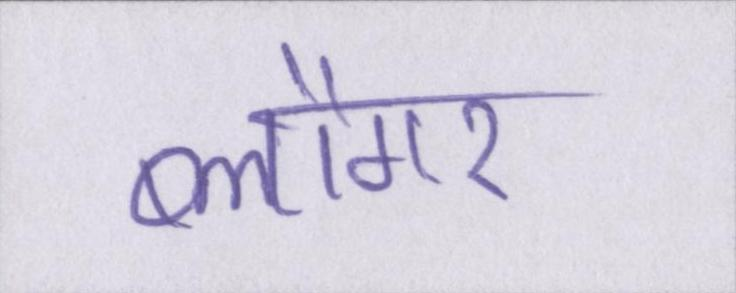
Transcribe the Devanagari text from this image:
ब्लौगर